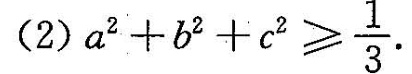
(2) $$a^{2} + b^{2} + c^{2} \geqslant \frac { 1 } { 3 }$$ .